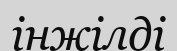
інжілді